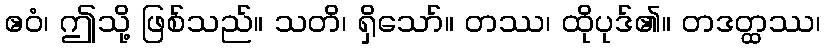
ဧဝံ၊ ဤသို့ ဖြစ်သည်။ သတိ၊ ရှိသော်။ တဿ၊ ထိုပုဒ်၏။ တဒတ္ထဿ၊